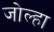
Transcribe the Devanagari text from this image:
जोल्हा